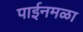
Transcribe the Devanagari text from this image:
पाईनमळा